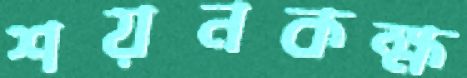
শয়নকক্ষ